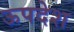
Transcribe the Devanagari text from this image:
ऊपदेश